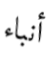
أنباء